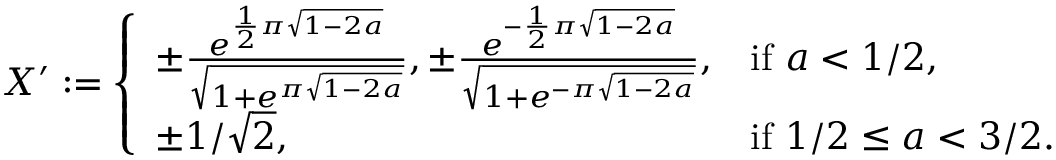
\begin{array} { r } { X ^ { \prime } : = \left\{ \begin{array} { l l } { \pm \frac { e ^ { \frac { 1 } { 2 } \pi \sqrt { 1 - 2 a } } } { \sqrt { 1 + e ^ { \pi \sqrt { 1 - 2 a } } } } , \pm \frac { e ^ { - \frac { 1 } { 2 } \pi \sqrt { 1 - 2 a } } } { \sqrt { 1 + e ^ { - \pi \sqrt { 1 - 2 a } } } } , } & { \mathrm { i f ~ } a < 1 / 2 , } \\ { \pm 1 / \sqrt { 2 } , } & { \mathrm { i f ~ } 1 / 2 \leq a < 3 / 2 . } \end{array} \right. } \end{array}